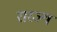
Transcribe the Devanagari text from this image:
रारज्य